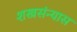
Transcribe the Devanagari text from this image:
शस्त्रसंन्यास